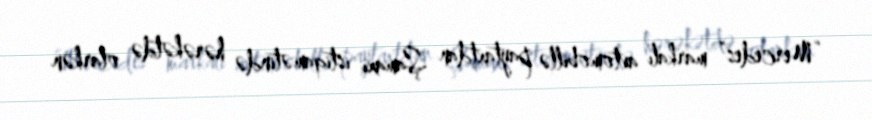
“Mercedes” markalı avtomobillə paytaxtdan Şamaxı istiqamətində hərəkətdə olarkən